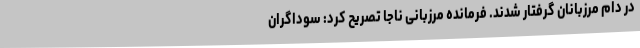
در دام مرزبانان گرفتار شدند. فرمانده مرزبانی ناجا تصریح کرد: سوداگران